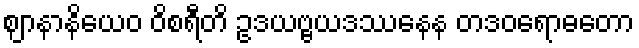
ဈာနာနိယေဝ ဝိစရီတိ ဥဒယဗ္ဗယဒဿနေန တဒဝရောဓတော